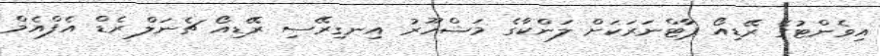
އިވެންޓުގެ ރޭޑިއޯ ޕާޓްނަރަކަށް ލަންކާގެ މަޝްހޫރު އިނގިރޭސި ރޭޑިއޯ ޗެނަލް ރެޑް އެފްއެމް